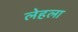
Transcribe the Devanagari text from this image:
लेहला